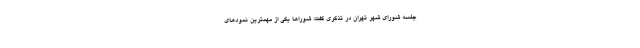
جلسه شورای شهر تهران در تذکری گفت: شوراها یکی از مهمترین نمودهای